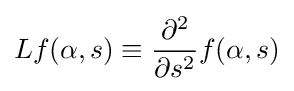
Lf(\alpha ,s)\equiv {\frac {\partial ^{2}}{\partial s^{2}}}f(\alpha ,s)